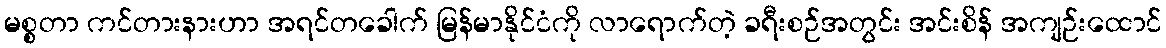
မစ္စတာ ကင်တားနားဟာ အရင်တခေါက် မြန်မာနိုင်ငံကို လာရောက်တဲ့ ခရီးစဉ်အတွင်း အင်းစိန် အကျဉ်းထောင်